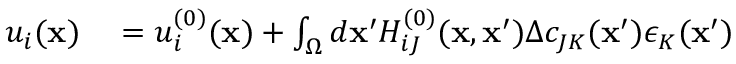
\begin{array} { r l } { u _ { i } ( { \bf x } ) } & { { } = u _ { i } ^ { ( 0 ) } ( { \bf x } ) + \int _ { \Omega } d { \bf x } ^ { \prime } H _ { i J } ^ { ( 0 ) } ( { \bf x } , { \bf x } ^ { \prime } ) \Delta c _ { J K } ( { \bf x } ^ { \prime } ) \epsilon _ { K } ( { \bf x } ^ { \prime } ) } \end{array}